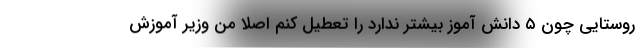
روستایی چون ۵ دانش آموز بیشتر ندارد را تعطیل کنم اصلاً من وزیر آموزش